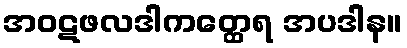
အဝဋဖလဒါကတ္ထေရ အပဒါန။